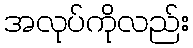
အလုပ်ကိုလည်း